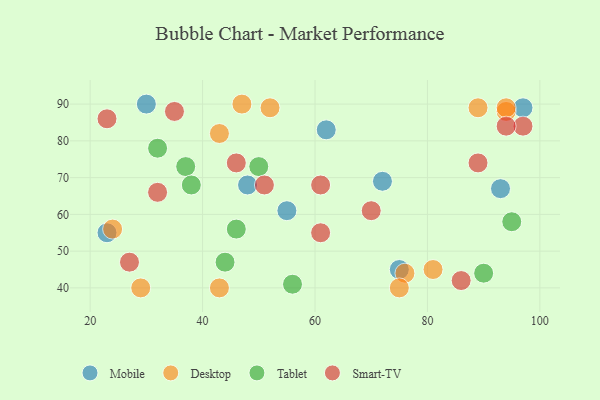
{"axis": {"x": "GDP", "y": "Life Expectancy"}, "legend": ["Desktop", "Mobile", "Smart-TV", "Tablet"], "data": [{"x": "93", "y": 67, "type": "Mobile"}, {"x": "48", "y": 68, "type": "Mobile"}, {"x": "23", "y": 55, "type": "Mobile"}, {"x": "62", "y": 83, "type": "Mobile"}, {"x": "75", "y": 45, "type": "Mobile"}, {"x": "55", "y": 61, "type": "Mobile"}, {"x": "72", "y": 69, "type": "Mobile"}, {"x": "97", "y": 89, "type": "Mobile"}, {"x": "30", "y": 90, "type": "Mobile"}, {"x": "89", "y": 89, "type": "Desktop"}, {"x": "29", "y": 40, "type": "Desktop"}, {"x": "24", "y": 56, "type": "Desktop"}, {"x": "94", "y": 88, "type": "Desktop"}, {"x": "94", "y": 89, "type": "Desktop"}, {"x": "43", "y": 40, "type": "Desktop"}, {"x": "76", "y": 44, "type": "Desktop"}, {"x": "81", "y": 45, "type": "Desktop"}, {"x": "75", "y": 40, "type": "Desktop"}, {"x": "52", "y": 89, "type": "Desktop"}, {"x": "47", "y": 90, "type": "Desktop"}, {"x": "43", "y": 82, "type": "Desktop"}, {"x": "44", "y": 47, "type": "Tablet"}, {"x": "46", "y": 56, "type": "Tablet"}, {"x": "37", "y": 73, "type": "Tablet"}, {"x": "90", "y": 44, "type": "Tablet"}, {"x": "32", "y": 78, "type": "Tablet"}, {"x": "56", "y": 41, "type": "Tablet"}, {"x": "95", "y": 58, "type": "Tablet"}, {"x": "50", "y": 73, "type": "Tablet"}, {"x": "38", "y": 68, "type": "Tablet"}, {"x": "46", "y": 74, "type": "Smart-TV"}, {"x": "51", "y": 68, "type": "Smart-TV"}, {"x": "23", "y": 86, "type": "Smart-TV"}, {"x": "86", "y": 42, "type": "Smart-TV"}, {"x": "61", "y": 55, "type": "Smart-TV"}, {"x": "35", "y": 88, "type": "Smart-TV"}, {"x": "27", "y": 47, "type": "Smart-TV"}, {"x": "70", "y": 61, "type": "Smart-TV"}, {"x": "97", "y": 84, "type": "Smart-TV"}, {"x": "89", "y": 74, "type": "Smart-TV"}, {"x": "94", "y": 84, "type": "Smart-TV"}, {"x": "61", "y": 68, "type": "Smart-TV"}, {"x": "32", "y": 66, "type": "Smart-TV"}]}